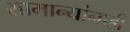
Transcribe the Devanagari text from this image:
सामान्यांनाही